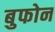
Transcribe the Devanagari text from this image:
बुफोन